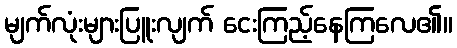
မျက်လုံးများပြူးလျက် ငေးကြည့်နေကြလေ၏။